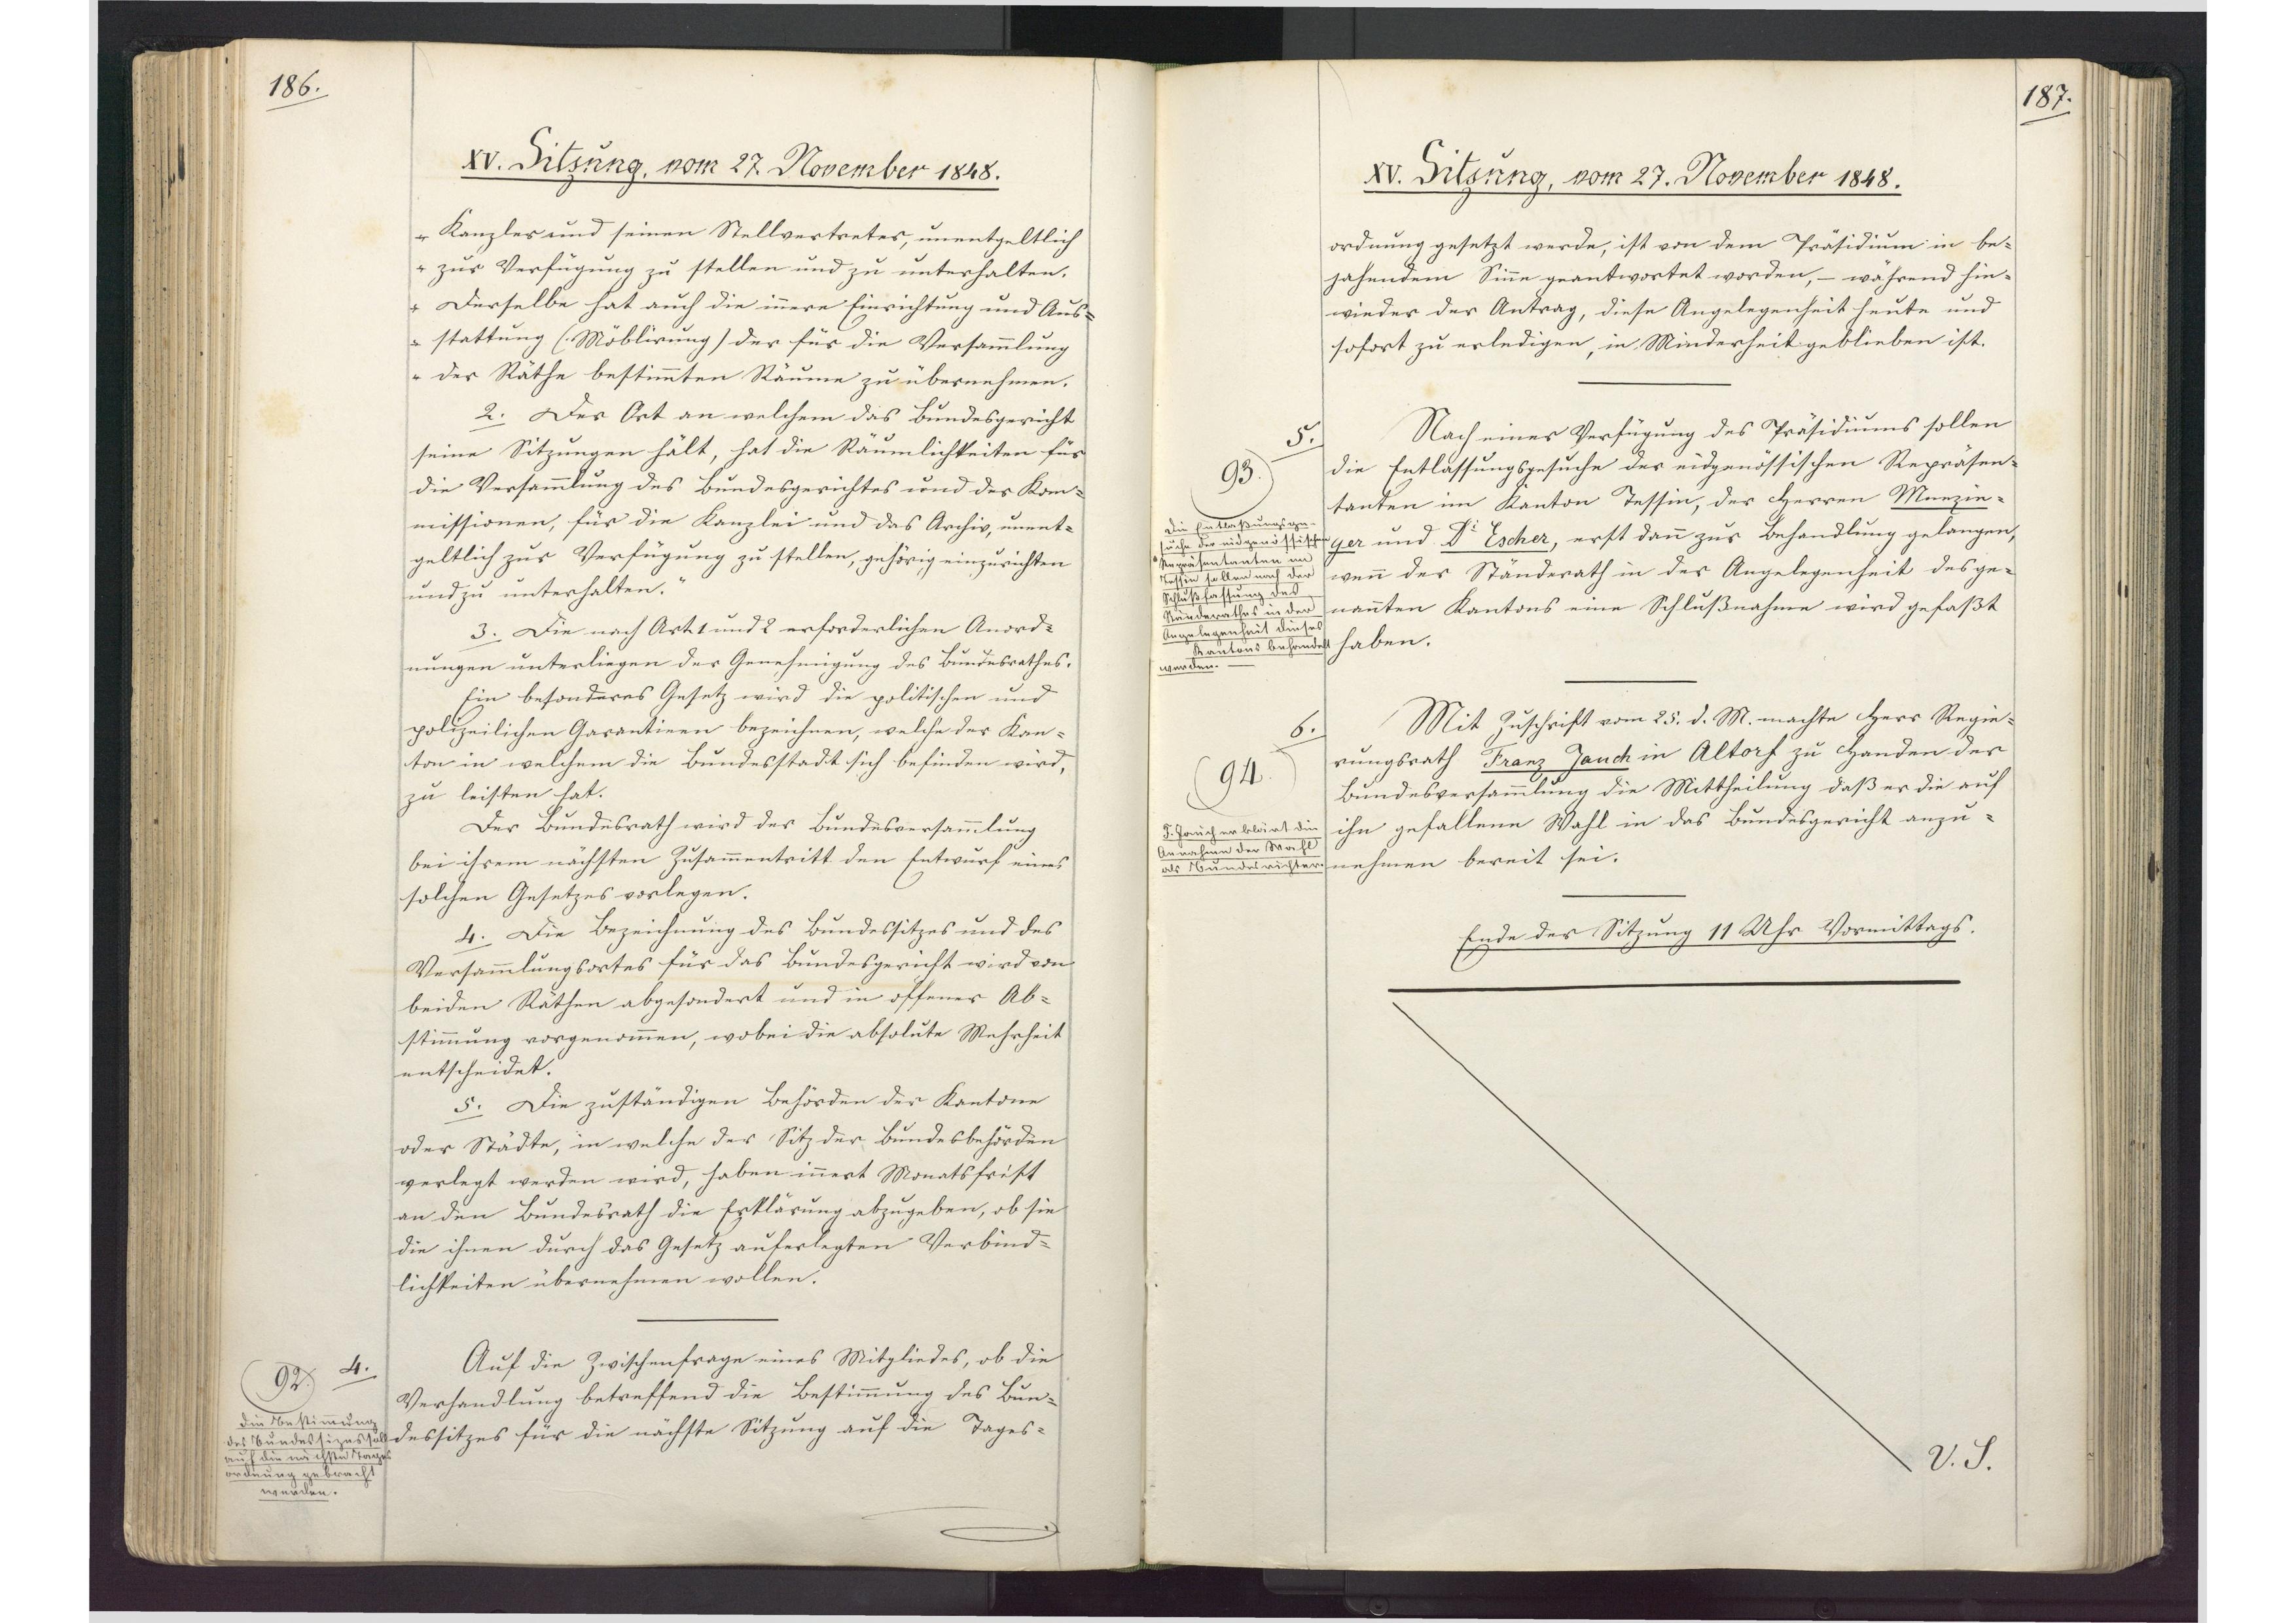
186.

XV. Sitzung, vom 27. November 1848.

Kanzler und seinen Stellvertreter, unentgeltlich
zur Verfügung zu stellen und zu unterhalten.
Derselbe hat auch die innere Einrichtung und Aus¬
stattung (Möblirung) der für die Versammlung
der Räthe bestimmten Räume zu übernehmen.
2. Der Ort an welchem das Bundesgericht
seine Sitzungen hält, hat die Räumlichkeiten für
die Versammlung des Bundesgerichtes und der Kom¬
missionen, für die Kanzlei und das Archiv, unent¬
geltlich zur Verfügung zu stellen, gehörig einzurichten
und zu unterhalten.
3. Die nach Art. 1 und 2 erforderlichen Anord¬
nungen unterliegen der Genehmigung des Bundesrathes.
Ein besonderes Gesetz wird die politischen und
polizeilichen Garantieen bezeichnen, welche der Kan¬
ton in welchem die Bundesstadt sich befinden wird,
zu leisten hat.
Der Bundesrath wird der Bundesversammlung
bei ihrem nächsten Zusammentritt den Entwurf eines
solchen Gesetzes vorlegen.
4. Die Bezeichnung des Bundessitzes und des
Versammlungsortes für das Bundesgericht wird von
beiden Räthen abgesondert und in offener Ab¬
stimmung vorgenommen, wobei die absolute Mehrheit
entscheidet.
5. Die zuständigen Behörden der Kantone
oder Städte, in welche der Sitz der Bundesbehörden
verlegt werden wird, haben innert Monatsfrist
an den Bundesrath die Erklärung abzugeben, ob sie
die ihnen durch das Gesetz auferlegten Verbind¬
lichkeiten übernehmen wollen
Auf die Zwischenfrage eines Mitgliedes, ob die
Verhandlung betreffend die Bestimmung des Bun¬
dessitzes für die nächste Sitzung auf die Tages¬

4.
92
Die Bestimmung
des Bundessizes soll
auf die nächste Tages¬
ordnung gebracht
werden.

187.

XV. Sitzung, vom 27. November 1848.

ordnung gesetzt werde, ist von dem Präsidium in be¬
jahendem Sinne geantwortet worden, - während hin¬
wieder der Antrag, diese Angelegenheit heute und
sofort zu erledigen, in Minderheit geblieben ist.
Nach einer Verfügung des Präsidiums sollen
die Entlassungsgesuche der eidgenössischen Repräsen¬
tanten im Kanton Tessin, der Herren Menzin¬
ger und Dr. Escher, erst dann zur Behandlung gelangen,
wenn der Ständerath in der Angelegenheit des ge¬
nannten Kantons eine Schlußnahme wird gefaßt
haben.
Mit Zuschrift vom 25. d. M. machte Herr Regie¬
rungsrath Franz Jauch in Altorf zu Handen der
Bundesversammlung die Mittheilung daß er die auf
ihn gefallene Wahl in das Bundesgericht anzu¬
nehmen bereit sei.
Ende der Sitzung 11 Uhr Vormittags.
V.S.

5.
93
Die Entlaßungsge¬
suche der eidgenössischen
Repräsentanten im
Tessin sollen nach der
Schlußfassung des
Ständerathes in der
Angelegenheit dieses
Kantons behandelt
werden.

6.
94
F. Jauch erklärt die
Annahme der Wahl
als Bundesrichter.